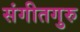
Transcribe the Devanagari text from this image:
संगीतगुरु